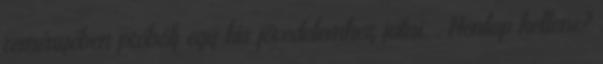
reményében próbálj egy kis jövedelemhez jutni. . Honlap kellene?